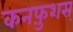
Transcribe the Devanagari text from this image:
कनफ़ुशस्